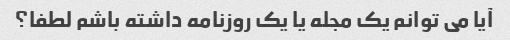
آیا می توانم یک مجله یا یک روزنامه داشته باشم لطفا؟